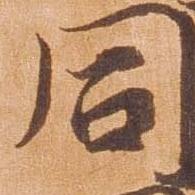
同